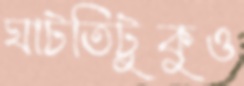
ঘাটতিটুকুও